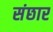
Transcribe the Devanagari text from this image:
संछार